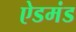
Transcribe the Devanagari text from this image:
ऐडमंड